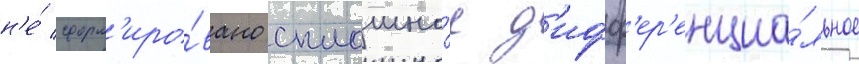
н'е́ сформ'иро́вано сплошно́е д'ифф'ер'енциа́льное